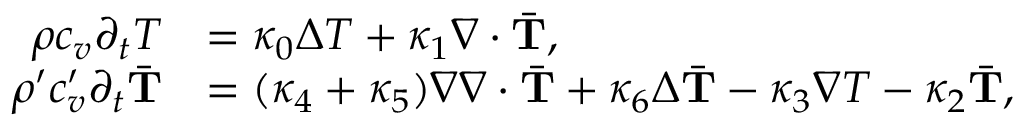
\begin{array} { r l } { \rho c _ { v } \partial _ { t } T } & { = \kappa _ { 0 } \Delta T + \kappa _ { 1 } \nabla \cdot \bar { \mathbf T } , } \\ { \rho ^ { \prime } c _ { v } ^ { \prime } \partial _ { t } \bar { \mathbf T } } & { = ( \kappa _ { 4 } + \kappa _ { 5 } ) \nabla \nabla \cdot \bar { \mathbf T } + \kappa _ { 6 } \Delta \bar { \mathbf T } - \kappa _ { 3 } \nabla T - \kappa _ { 2 } \bar { \mathbf T } , } \end{array}